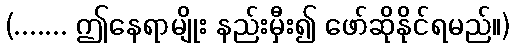
(....... ဤနေရာမျိုး နည်းမှီး၍ ဖော်ဆိုနိုင်ရမည်။)